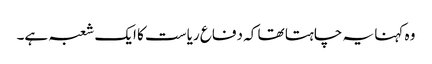
وہ کہنا یہ چاہتا تھا کہ دفاع ریاست کا ایک شعبہ ہے۔